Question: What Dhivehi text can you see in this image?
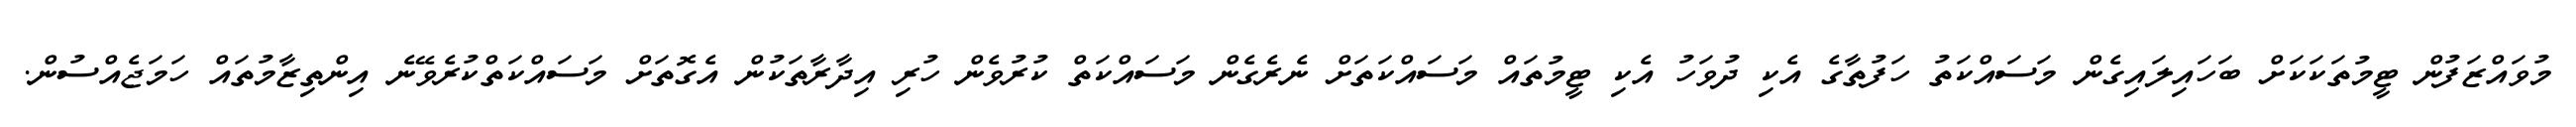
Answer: މުވައްޒަފުން ޓީމުތަކަކަށް ބަހައިލައިގެން މަސައްކަތު ހަފުތާގެ އެކި ދުވަހު އެކި ޓީމުތައް މަސައްކަތަށް ނެރެގެން މަސައްކަތް ކުރުވެން ހުރި އިދާރާތަކުން އެގޮތަށް މަސައްކަތްކުރެވޭނެ އިންތިޒާމުތައް ހަމަޖެއްސުން.